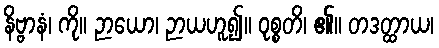
နိဗ္ဗာနံ၊ ကို။ ဉာယော၊ ဉာယဟူ၍။ ဝုစ္စတိ၊ ၏။ တဒတ္ထာယ၊